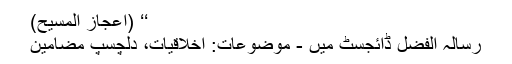
‘‘ (اعجاز المسیح)
رسالہ الفضل ڈائجسٹ میں - موضوعات: اخلاقیات، دلچسپ مضامین